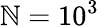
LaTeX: \mathbb{N}=10^{3}